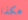
هكذا